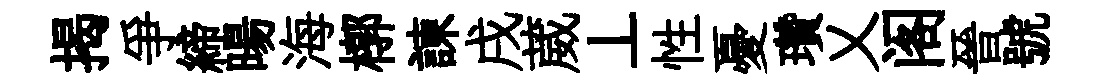
揭爭締暘海槨諫戌葳丄性憂瓚乂阁晉號